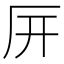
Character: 㕃